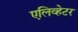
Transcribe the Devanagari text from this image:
एलिव्हेटर